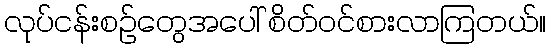
လုပ်ငန်းစဉ်တွေအပေါ် စိတ်ဝင်စားလာကြတယ်။